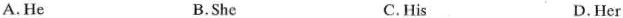
A.He B.She C. His D. Her